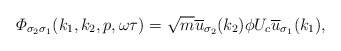
\begin{align*} {\mit \Phi}_{\sigma_2\sigma_1}(k_1,k_2,p,\omega\tau)=\sqrt{m}\overline{u}_{\sigma_2}(k_2)\phi U_c \overline{u}_{\sigma_1}(k_1),\end{align*}